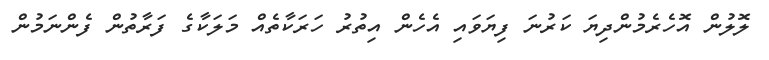
ލޮލުން އޮހެރެމުންދިޔަ ކަރުނަ ފިޔަވައި އެހެން އިތުރު ހަރަކާތެއް މަލަކާގެ ފަރާތުން ފެންނަމުން